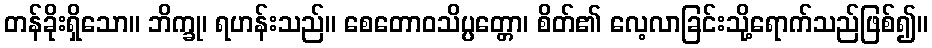
တန်ခိုးရှိသော။ ဘိက္ခု၊ ရဟန်းသည်။ စေတောဝသိပ္ပတ္တော၊ စိတ်၏ လေ့လာခြင်းသို့ရောက်သည်ဖြစ်၍။